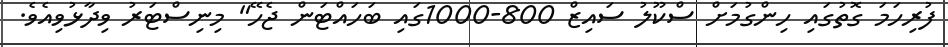
ފުރިހަމަ ގޮތުގައި ހިންގުމަށް ސްކޫލު ސައިޒް 800-1000ގައި ބަހައްޓަން ޖެހޭ" މިނިސްޓަރު ވިދާޅުވިއެވެ.